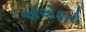
એએફની